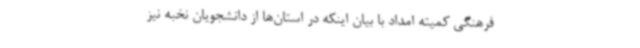
فرهنگی کمیته امداد با بیان اینکه در استان‌ها از دانشجویان نخبه نیز